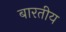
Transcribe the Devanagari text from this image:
बारतीय